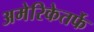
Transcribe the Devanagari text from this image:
अमेरिकेतर्फे